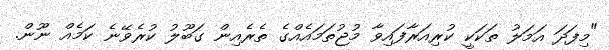
"މިފަދަ އަމަލު ތަކަކީ ކުރިއަރާފައިވާ މުޖުތަމައެއްގެ ތެރެއިން ގަބޫލު ކުރެވޭނެ ކަމެއް ނޫން.